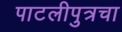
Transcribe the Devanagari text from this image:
पाटलीपुत्रचा